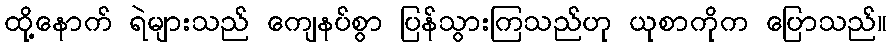
ထို့နောက် ရဲများသည် ကျေနပ်စွာ ပြန်သွားကြသည်ဟု ယုစာကိုက ပြောသည်။